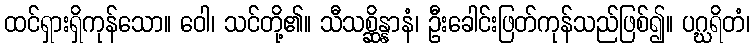
ထင်ရှားရှိကုန်သော။ ဝေါ၊ သင်တို့၏။ သီသစ္ဆိန္နာနံ၊ ဦးခေါင်းဖြတ်ကုန်သည်ဖြစ်၍။ ပဂ္ဃရိတံ၊